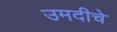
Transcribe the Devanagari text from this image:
उमदीचे